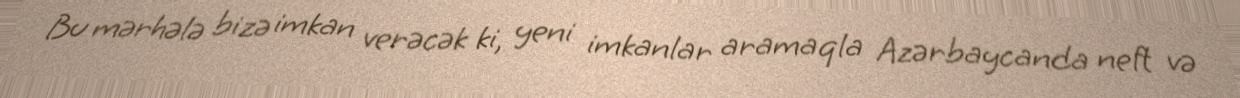
Bu mərhələ bizə imkan verəcək ki, yeni imkanlar aramaqla Azərbaycanda neft və